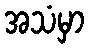
အသံမှာ